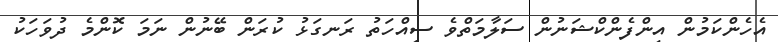
އެހެންކަމުން އިންފެންކްޝަނުން ސަލާމަތްވެ ސިއްހަތު ރަނގަޅު ކުރަން ބޭނުން ނަމަ ކޮންމެ ދުވަހަކު